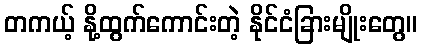
တကယ့် နို့ထွက်ကောင်းတဲ့ နိုင်ငံခြားမျိုးတွေ။